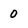
Character: 0